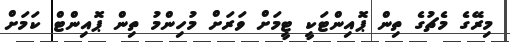
މިރޭގެ މެޗުގެ ތިން ޕޮއިންޓަކީ ޓީމަށް ވަރަށް މުހިންމު ތިން ޕޮއިންޓް ކަމަށް